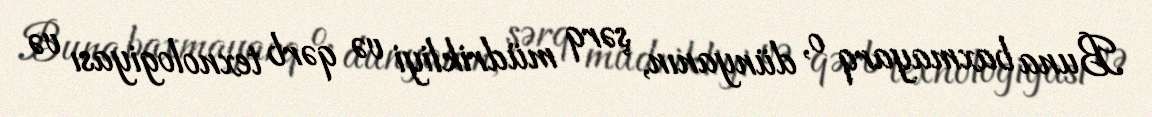
Buna baxmayarq o, dünyanın, şərq müdrikliyi və qərb texnologiyası və